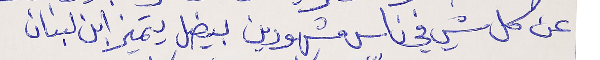
عن كل شي في ناس مشهورين بيضل يتميز ابن لبنان